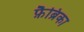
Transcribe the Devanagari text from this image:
फ़ैब्रिका